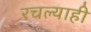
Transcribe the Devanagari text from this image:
रचल्याही